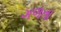
ગળતા